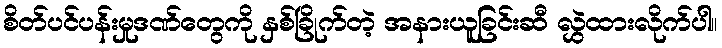
စိတ်ပင်ပန်းမှုဒဏ်တွေကို နှစ်ခြိုက်တဲ့ အနားယူခြင်းဆီ လွှဲထားလိုက်ပါ။